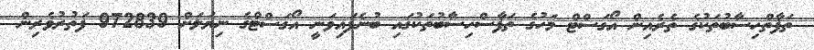
ތަފާތްހިސާބުތަކުގެ ތެރެއިން އޯގަސްޓް މަހުގެ ތަފާސްހިސާބުތަކުގައި ބުނެފައިވަނީ އޯގަސްޓްގެ ނިޔަލަށް 972839 ފަތުރުވެރިން